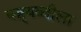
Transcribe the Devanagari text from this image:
षष्ट्यब्दीला